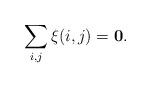
LaTeX: \begin{align*}\sum_{i,j} \xi(i,j) = {\bf 0}. \end{align*}